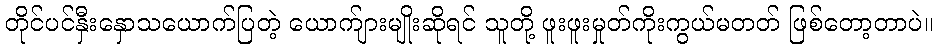
တိုင်ပင်နှီးနှောသယောက်ပြတဲ့ ယောက်ျားမျိုးဆိုရင် သူတို့ ဖူးဖူးမှုတ်ကိုးကွယ်မတတ် ဖြစ်တော့တာပဲ။